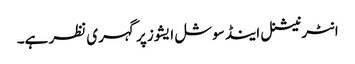
انٹرنیشنل اینڈ سوشل ایشوز پر گہری نظر ہے۔